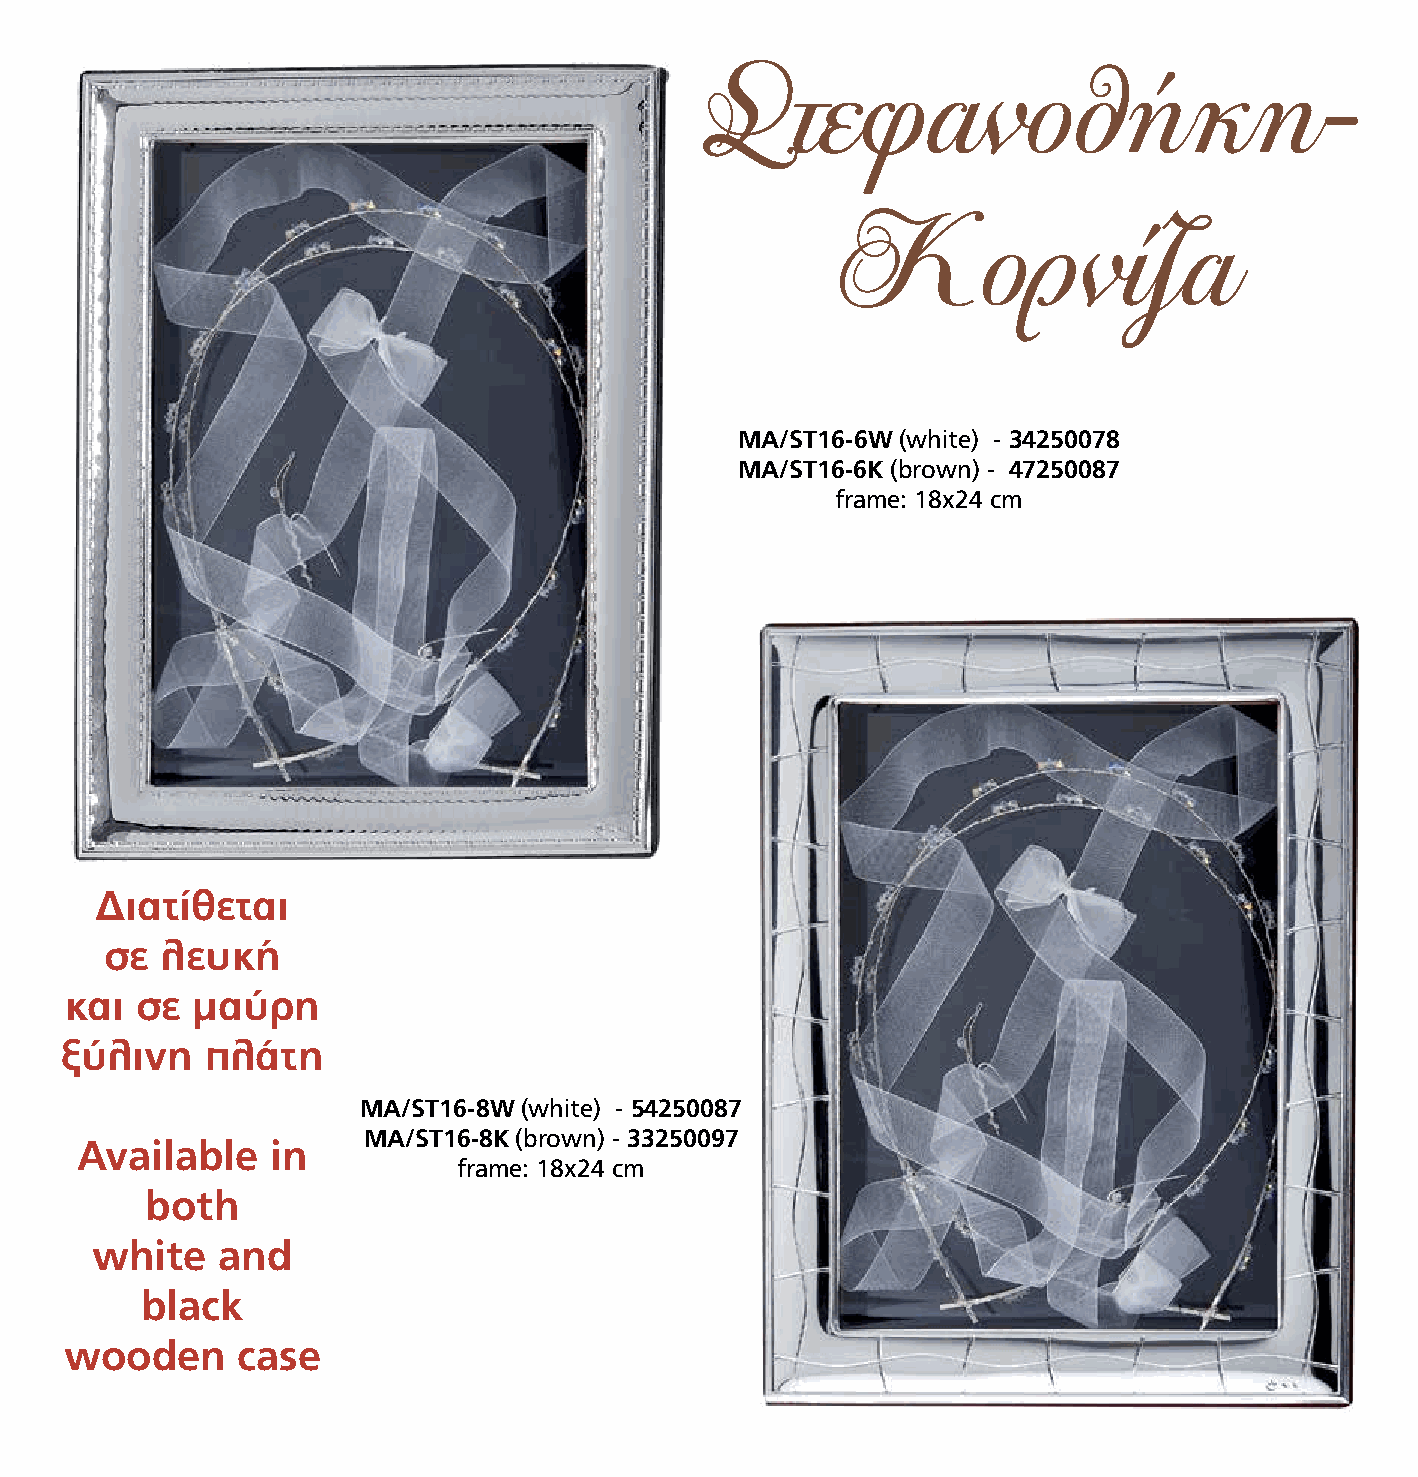
Στεφανοθήκη-
 Κορνίζα
 MA/ST16-6W (white) - 34250078
 MA/ST16-6K (brown) - 47250087
 frame: 18x24 cm
 Διατίθεται
 σε  λευκή
 και  σε  μαύρη
 ξύλινη    πλάτη
 MA/ST16-8W (white) - 54250087
 MA/ST16-8K (brown) - 33250097
 Available    in
 frame: 18x24 cm
 both
 white   and
 black
 wooden      case